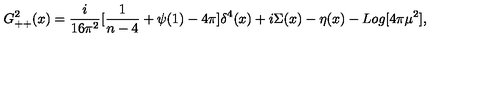
G _ { + + } ^ { 2 } ( x ) = { \frac { i } { 1 6 \pi ^ { 2 } } } [ { \frac { 1 } { n - 4 } } + \psi ( 1 ) - 4 \pi ] \delta ^ { 4 } ( x ) + i \Sigma ( x ) - \eta ( x ) - L o g [ 4 \pi \mu ^ { 2 } ] , \nonumber